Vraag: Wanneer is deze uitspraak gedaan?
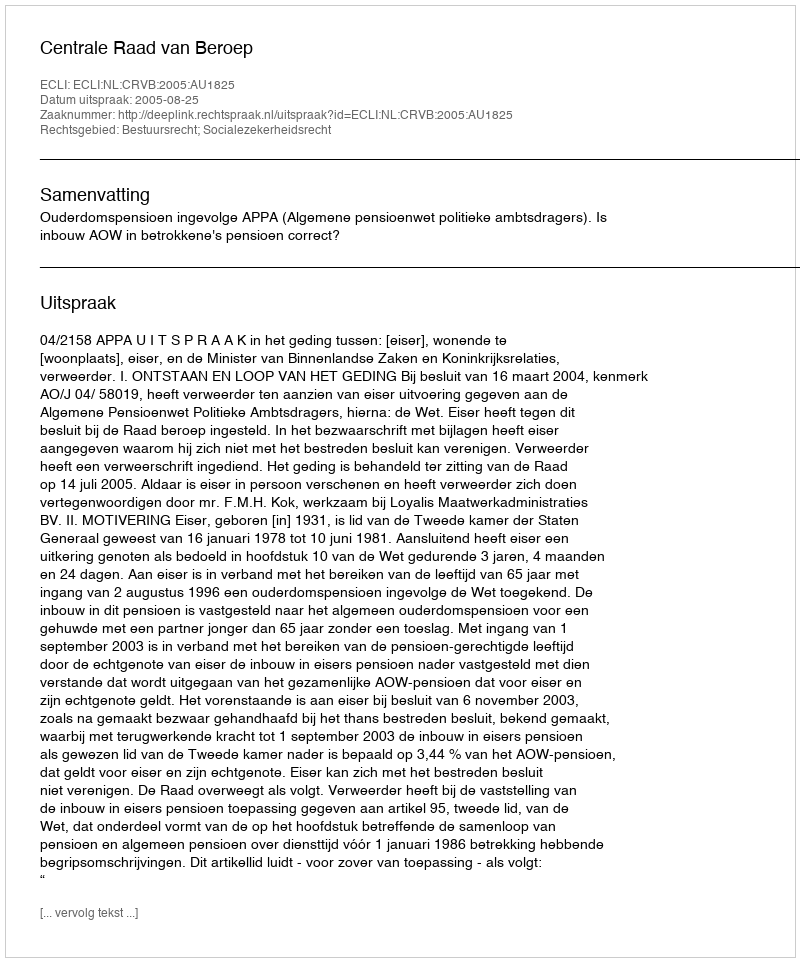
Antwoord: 2005-08-25